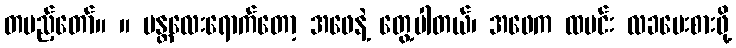
တပည့်တော်။ ။ မန္တလေးရောက်တော့ အဖေနဲ့ တွေ့ပါတယ်၊ အဖေက ထမင်း လခပေးစားဖို့